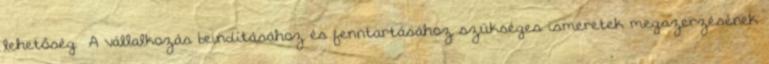
lehetőség ▪A vállalkozás beindításához és fenntartásához szükséges ismeretek megszerzésének